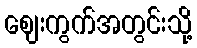
ဈေးကွက်အတွင်းသို့